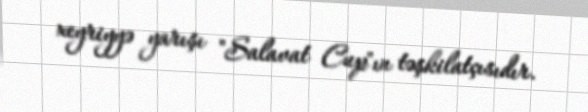
xeyriyyə yarışı "Salavat Cup"ın təşkilatçısıdır.